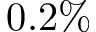
0 . 2 \%